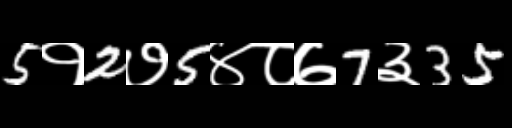
Text: 5१2७5४८७7३35